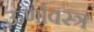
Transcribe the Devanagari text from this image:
ऊर्णावस्त्र